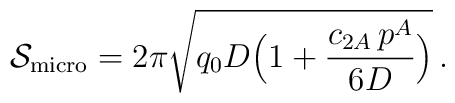
{\cal S}_{\rm micro}=2\pi\sqrt{q_0D\Big(1+{c_{2A}\,p^A\over 6D}\Big)}\, .